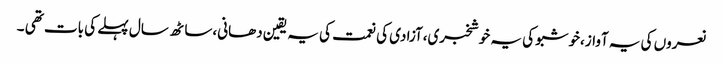
نعروں کی یہ آواز،خوشبو کی یہ خوشخبری،آزادی کی نعمت کی یہ یقین دھانی،ساٹھ سال پہلے کی بات تھی ۔